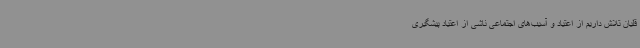
قلیان تلاش داریم از اعتیاد و آسیب‌های اجتماعی ناشی از اعتیاد پیشگیری